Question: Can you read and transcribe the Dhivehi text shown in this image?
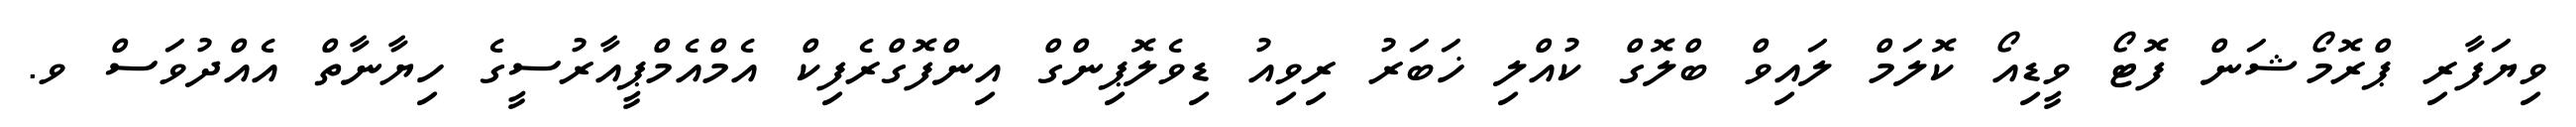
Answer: ވިޔަފާރި ޕްރޮމޯޝަން ފޮޓޯ ވީޑިއޯ ކޮލަމް ލައިވް ބްލޮގް ކުއްލި ޚަބަރު ރިވިއު ޑިވެލޮޕިންގް އިންފޮގްރެފިކް އެމްއެމްޕީއާރުސީގެ ހިޔާނާތް އެއްދުވަސް ވ.